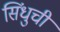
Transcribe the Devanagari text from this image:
सिंधुची